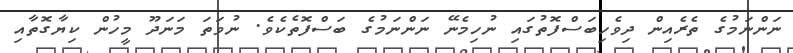
ނަންނަމުގެ ތެރެއިން ދިވެހިބަސްފޮތުގައި ނުހިމެނޭ ނަންނަމުގެ ބަސްފޮތެކެވެ. ނުވަތަ މަނަދޫ މީހުން ކިޔާގޮތާއި